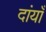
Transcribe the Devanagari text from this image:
दांयाँ